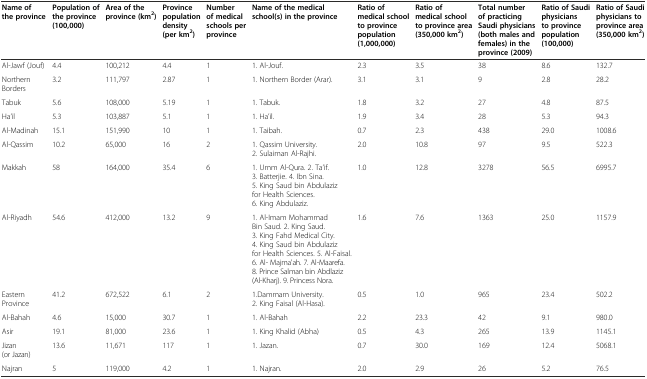
<table><thead><tr><td><b>Name of the province</b></td><td><b>Population of the province (100,000)</b></td><td><b>Area of the province (km<sup>2</sup>)</b></td><td><b>Province population density (per km<sup>2</sup>)</b></td><td><b>Number of medical schools per province</b></td><td><b>Name of the medical school(s) in the province</b></td><td><b>Ratio of medical school to province population (1,000,000)</b></td><td><b>Ratio of medical school to province area (350,000 km<sup>2</sup>)</b></td><td><b>Total number of practicing Saudi physicians (both males and females) in the province (2009)</b></td><td><b>Ratio of Saudi physicians to province population (100,000)</b></td><td><b>Ratio of Saudi physicians to province area (350,000 km<sup>2</sup>)</b></td></tr></thead><tbody><tr><td>Al-Jawf (Jouf)</td><td>4.4</td><td>100,212</td><td>4.4</td><td>1</td><td>1. Al-Jouf.</td><td>2.3</td><td>3.5</td><td>38</td><td>8.6</td><td>132.7</td></tr><tr><td>Northern Borders</td><td>3.2</td><td>111,797</td><td>2.87</td><td>1</td><td>1. Northern Border (Arar).</td><td>3.1</td><td>3.1</td><td>9</td><td>2.8</td><td>28.2</td></tr><tr><td>Tabuk</td><td>5.6</td><td>108,000</td><td>5.19</td><td>1</td><td>1. Tabuk.</td><td>1.8</td><td>3.2</td><td>27</td><td>4.8</td><td>87.5</td></tr><tr><td>Ha’il</td><td>5.3</td><td>103,887</td><td>5.1</td><td>1</td><td>1. Ha’il.</td><td>1.9</td><td>3.4</td><td>28</td><td>5.3</td><td>94.3</td></tr><tr><td>Al-Madinah</td><td>15.1</td><td>151,990</td><td>10</td><td>1</td><td>1. Taibah.</td><td>0.7</td><td>2.3</td><td>438</td><td>29.0</td><td>1008.6</td></tr><tr><td>Al-Qassim</td><td>10.2</td><td>65,000</td><td>16</td><td>2</td><td>1. Qassim University. 2. Sulaiman Al-Rajhi.</td><td>2.0</td><td>10.8</td><td>97</td><td>9.5</td><td>522.3</td></tr><tr><td>Makkah</td><td>58</td><td>164,000</td><td>35.4</td><td>6</td><td>1. Umm Al-Qura. 2. Ta’if. 3. Batterjie. 4. Ibn Sina. 5. King Saud bin Abdulaziz for Health Sciences. 6. King Abdulaziz.</td><td>1.0</td><td>12.8</td><td>3278</td><td>56.5</td><td>6995.7</td></tr><tr><td>Al-Riyadh</td><td>54.6</td><td>412,000</td><td>13.2</td><td>9</td><td>1. Al-Imam Mohammad Bin Saud. 2. King Saud. 3. King Fahd Medical City. 4. King Saud bin Abdulaziz for Health Sciences. 5. Al-Faisal. 6. Al- Majma&#x27;ah. 7. Al-Maarefa. 8. Prince Salman bin Abdlaziz (Al-Kharj). 9. Princess Nora.</td><td>1.6</td><td>7.6</td><td>1363</td><td>25.0</td><td>1157.9</td></tr><tr><td>Eastern Province</td><td>41.2</td><td>672,522</td><td>6.1</td><td>2</td><td>1.Dammam University. 2. King Faisal (Al-Hasa).</td><td>0.5</td><td>1.0</td><td>965</td><td>23.4</td><td>502.2</td></tr><tr><td>Al-Bahah</td><td>4.6</td><td>15,000</td><td>30.7</td><td>1</td><td>1. Al-Bahah</td><td>2.2</td><td>23.3</td><td>42</td><td>9.1</td><td>980.0</td></tr><tr><td>Asir</td><td>19.1</td><td>81,000</td><td>23.6</td><td>1</td><td>1. King Khalid (Abha)</td><td>0.5</td><td>4.3</td><td>265</td><td>13.9</td><td>1145.1</td></tr><tr><td>Jizan (or Jazan)</td><td>13.6</td><td>11,671</td><td>117</td><td>1</td><td>1. Jazan.</td><td>0.7</td><td>30.0</td><td>169</td><td>12.4</td><td>5068.1</td></tr><tr><td>Najran</td><td>5</td><td>119,000</td><td>4.2</td><td>1</td><td>1. Najran.</td><td>2.0</td><td>2.9</td><td>26</td><td>5.2</td><td>76.5</td></tr></tbody></table>